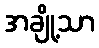
အချို့သာ